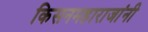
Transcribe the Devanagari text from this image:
किसनमहाराजांनी